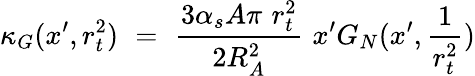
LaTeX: \kappa_{G}(x^{\prime},r_{t}^{2})\, \, =\, \, \frac{3\alpha_{s}A\pi\, \, r_{t}^{2}}{2R_{A}^{2}}\, \, x^{\prime}G_{N}(x^{\prime},\frac{1}{r_{t}^{2}})